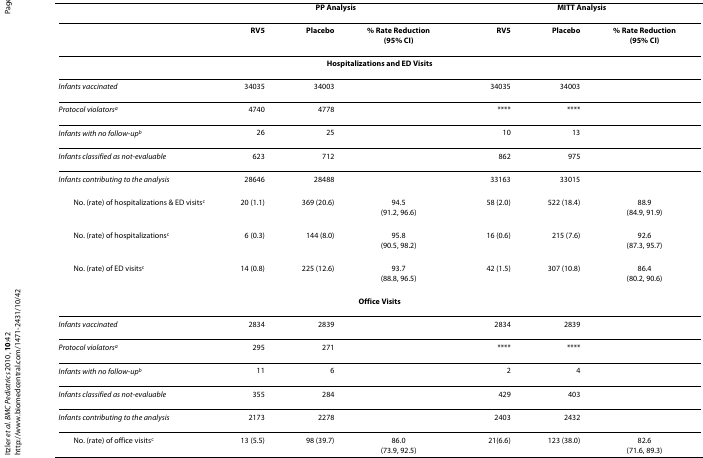
<table><thead><tr><td></td><td colspan="3"><b>PP Analysis</b></td><td colspan="3"><b>MITT Analysis</b></td></tr></thead><tbody><tr><td></td><td><b>RV5</b></td><td><b>Placebo</b></td><td><b>% Rate Reduction</b><b>(95% CI)</b></td><td><b>RV5</b></td><td><b>Placebo</b></td><td><b>% Rate Reduction</b><b>(95% CI)</b></td></tr><tr><td colspan="7"><b>Hospitalizations and ED Visits</b></td></tr><tr><td><i>Infants vaccinated</i></td><td>34035</td><td>34003</td><td></td><td>34035</td><td>34003</td><td></td></tr><tr><td><i>Protocol violators</i><sup><i>a</i></sup></td><td>4740</td><td>4778</td><td></td><td>****</td><td>****</td><td></td></tr><tr><td><i>Infants with no follow-up</i><sup><i>b</i></sup></td><td>26</td><td>25</td><td></td><td>10</td><td>13</td><td></td></tr><tr><td><i>Infants classified as not-evaluable</i></td><td>623</td><td>712</td><td></td><td>862</td><td>975</td><td></td></tr><tr><td><i>Infants contributing to the analysis</i></td><td>28646</td><td>28488</td><td></td><td>33163</td><td>33015</td><td></td></tr><tr><td> No. (rate) of hospitalizations &amp; ED visits<sup>c</sup></td><td>20 (1.1)</td><td>369 (20.6)</td><td>94.5(91.2, 96.6)</td><td>58 (2.0)</td><td>522 (18.4)</td><td>88.9(84.9, 91.9)</td></tr><tr><td> No. (rate) of hospitalizations<sup>c</sup></td><td>6 (0.3)</td><td>144 (8.0)</td><td>95.8(90.5, 98.2)</td><td>16 (0.6)</td><td>215 (7.6)</td><td>92.6(87.3, 95.7)</td></tr><tr><td> No. (rate) of ED visits<sup>c</sup></td><td>14 (0.8)</td><td>225 (12.6)</td><td>93.7(88.8, 96.5)</td><td>42 (1.5)</td><td>307 (10.8)</td><td>86.4(80.2, 90.6)</td></tr><tr><td colspan="7"><b>Office Visits</b></td></tr><tr><td><i>Infants vaccinated</i></td><td>2834</td><td>2839</td><td></td><td>2834</td><td>2839</td><td></td></tr><tr><td><i>Protocol violators</i><sup><i>a</i></sup></td><td>295</td><td>271</td><td></td><td>****</td><td>****</td><td></td></tr><tr><td><i>Infants with no follow-up</i><sup><i>b</i></sup></td><td>11</td><td>6</td><td></td><td>2</td><td>4</td><td></td></tr><tr><td><i>Infants classified as not-evaluable</i></td><td>355</td><td>284</td><td></td><td>429</td><td>403</td><td></td></tr><tr><td><i>Infants contributing to the analysis</i></td><td>2173</td><td>2278</td><td></td><td>2403</td><td>2432</td><td></td></tr><tr><td> No. (rate) of office visits<sup>c</sup></td><td>13 (5.5)</td><td>98 (39.7)</td><td>86.0(73.9, 92.5)</td><td>21(6.6)</td><td>123 (38.0)</td><td>82.6(71.6, 89.3)</td></tr></tbody></table>